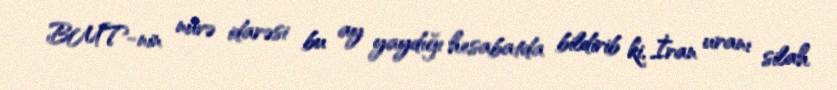
BMT-nin nüvə idarəsi bu ay yaydığı hesabatda bildirib ki, İran uranı silah